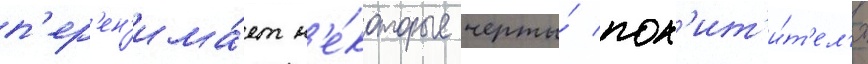
п'ер'ен'има́ет н'е́которые черты́ пох'ит'и́т'ел'я